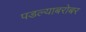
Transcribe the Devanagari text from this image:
पडल्याबरोबर